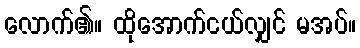
လောက်၏။ ထိုအောက်ငယ်လျှင် မအပ်။